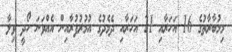
މިމުބާރާތުގެ 16 އަހަރާއި 21 އަހަރާއި ދެމެދުގެ އުމުރުފުރާއިން އެއްވަނަ ހޯދީ ވިލާ